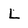
Character: L